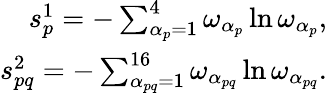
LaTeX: \begin{array}{r}{s_{p}^{1}=-\sum_{\alpha_{p}=1}^{4}{\omega_{\alpha_{p}}\ln{\omega_{\alpha_{p}}}},}\\ {s_{pq}^{2}=-\sum_{\alpha_{pq}=1}^{16}{\omega_{\alpha_{pq}}\ln{\omega_{\alpha_{pq}}}}.}\end{array}